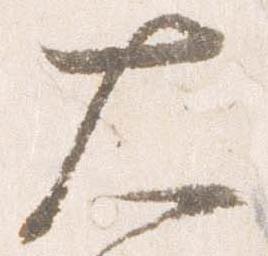
大